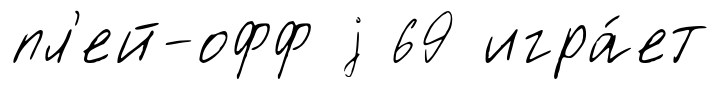
пл'ей-офф j 69 игра́ет